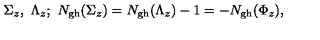
\Sigma _ { z } , \ \Lambda _ { z } ; \ N _ { \mathrm { g h } } ( \Sigma _ { z } ) = N _ { \mathrm { g h } } ( \Lambda _ { z } ) - 1 = - N _ { \mathrm { g h } } ( \Phi _ { z } ) ,